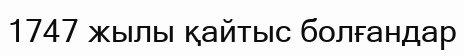
1747 жылы қайтыс болғандар